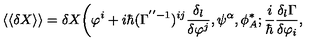
\langle \langle \delta X \rangle \rangle = \delta X \bigg ( \varphi ^ { i } + i \hbar ( \Gamma ^ { ' ^ { \prime } - 1 } ) ^ { i j } \frac { \delta _ { l } } { \delta \varphi ^ { j } } , \psi ^ { \alpha } , \phi _ { A } ^ { * } ; \frac { i } { \hbar } \frac { \delta _ { l } \Gamma } { \delta \varphi _ { i } } ,